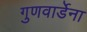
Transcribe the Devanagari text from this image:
गुणवार्डेना